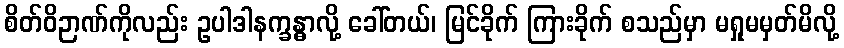
စိတ်ဝိဉာဏ်ကိုလည်း ဥပါဒါနက္ခန္ဓာလို့ ခေါ်တယ်၊ မြင်ခိုက် ကြားခိုက် စသည်မှာ မရှုမမှတ်မိလို့